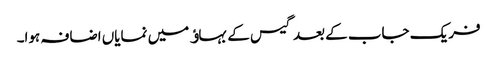
فریک جاب کے بعد گیس کے بہاﺅ میں نمایاں اضافہ ہوا۔